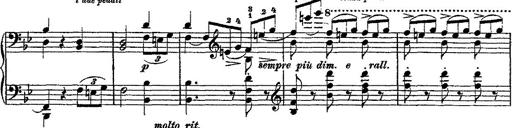
Title: Fantaisie romantique sur deux mÃ©lodies suisses
Composer: Franz Liszt